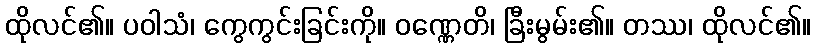
ထိုလင်၏။ ပဝါသံ၊ ကွေကွင်းခြင်းကို။ ဝဏ္ဏေတိ၊ ခြီးမွမ်း၏။ တဿ၊ ထိုလင်၏။